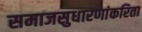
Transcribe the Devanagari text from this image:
समाजसुधारणांकरिता